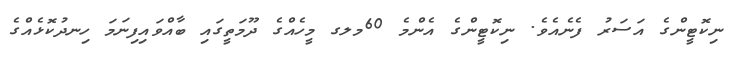
ނިކޮޓީންގެ އަސަރު ފެނެއެވެ. ނިކޮޓީންގެ އެންމެ 60މލގ މީހެއްގެ ދޫމަތީގައި ބާއްވައިފިނަމަ ހިނދުކޮޅެއްގެ